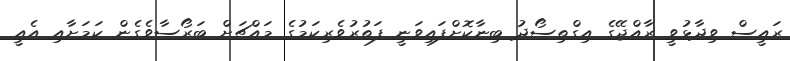
ރައީސް ވިދާޅުވީ ރާއްޖޭގެ އިގްތިސޯދު ބިނާކޮށްފައިވަނީ ފަތުރުވެރިކަމުގެ މައްޗަށް ބަރޯސާވެގެން ކަމަށާއި އެއީ